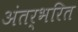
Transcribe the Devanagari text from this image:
अंतर्भरित